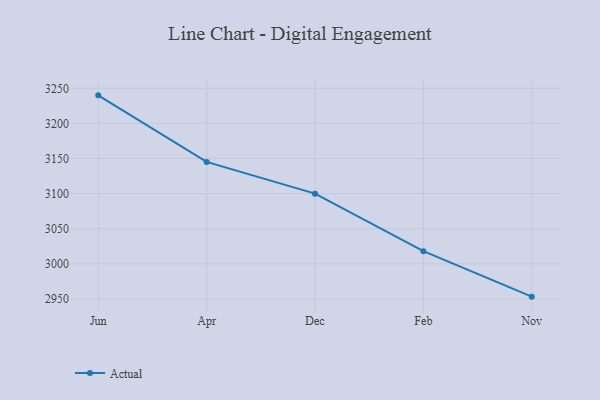
{"axis": {"x": "Month", "y": "Website Visitors"}, "legend": ["Actual"], "data": [{"x": "Jun", "y": 3240.0, "type": "Actual"}, {"x": "Apr", "y": 3145.2, "type": "Actual"}, {"x": "Dec", "y": 3100.0, "type": "Actual"}, {"x": "Feb", "y": 3018.0, "type": "Actual"}, {"x": "Nov", "y": 2953.3, "type": "Actual"}]}